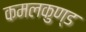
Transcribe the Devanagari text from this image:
कमलकुण्ड